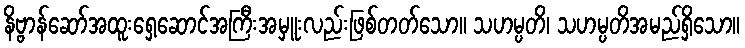
နိဗ္ဗာန်ဆော်အထူးရှေ့ဆောင်အကြီးအမှူးလည်းဖြစ်တတ်သော။ သဟမ္ပတိ၊ သဟမ္ပတိအမည်ရှိသော။